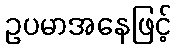
ဥပမာအနေဖြင့်